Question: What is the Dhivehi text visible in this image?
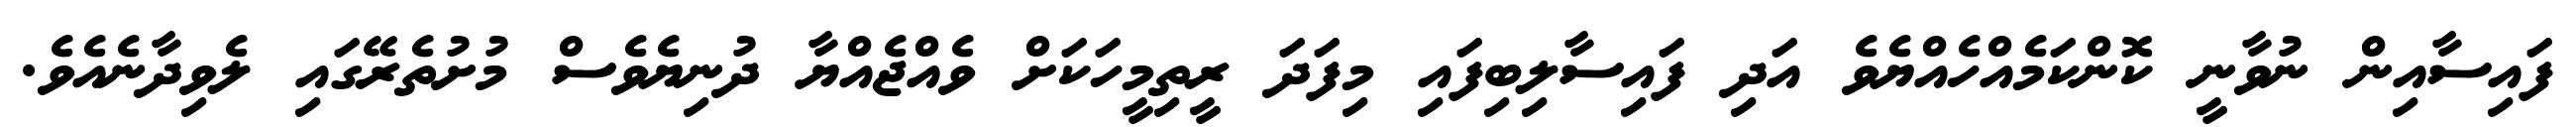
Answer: ފައިސާއިން ނުވާނީ ކޮންކަމެއްހެއްޔެވެ އަދި ފައިސާލިބިފައި މިފަދަ ރީތިމީހަކަށް ވެއްޖެއްޔާ ދުނިޔެވެސް މުށުތެރޭގައި ލެވިދާނެއެވެ.